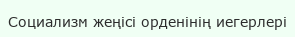
Социализм жеңісі орденінің иегерлері